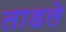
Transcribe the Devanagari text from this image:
ताडले